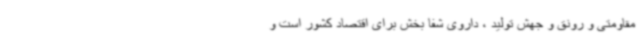
مقاومتی و رونق و جهش تولید ، داروی شفا بخش برای اقتصاد کشور است و